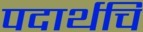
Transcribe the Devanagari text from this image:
पदार्थचि